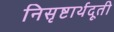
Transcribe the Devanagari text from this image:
निसृष्टार्थदूती